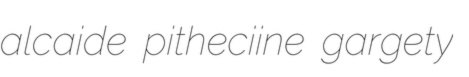
alcaide pitheciine gargety